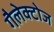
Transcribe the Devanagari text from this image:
गैलेक्टोज